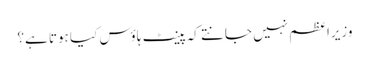
وزیراعظم نہیں جانتے کہ پینٹ ہاؤس کیا ہوتا ہے؟